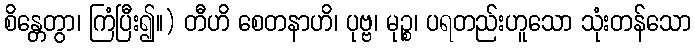
စိန္တေတွာ၊ ကြံပြီး၍။) တီဟိ စေတနာဟိ၊ ပုဗ္ဗ၊ မုဉ္စ၊ ပရတည်းဟူသော သုံးတန်သော